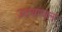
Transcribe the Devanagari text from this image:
उदयांचल